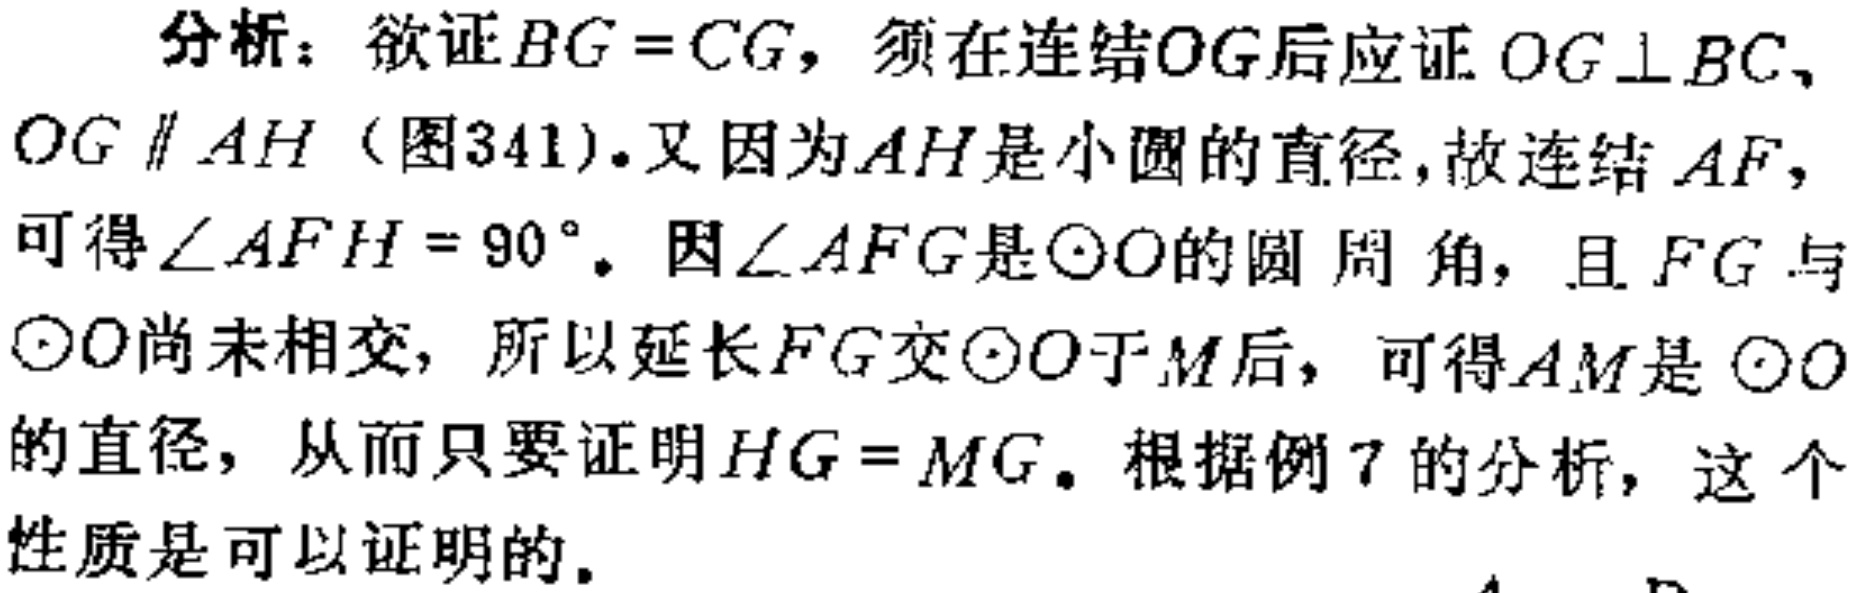
分析：欲证\(BG = CG\)，须在连结\(OG\)后应证 \(OG\perp BC\)、\(OG\parallel AH\)（图341）.又因为\(AH\)是小圆的直径，故连结 \(AF\)，可得\(\angle AFH = 90^{\circ}\)。因\(\angle AFG\)是\(\odot O\)的圆周角，且 \(FG\)与\(\odot O\)尚未相交，所以延长\(FG\)交\(\odot O\)于\(M\)后，可得\(AM\)是 \(\odot O\)的直径，从而只要证明\(HG = MG\)。根据例7的分析，这个性质是可以证明的。